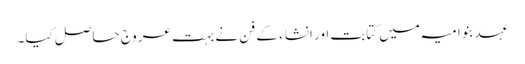
عہد بنو امیہ میں کتابت اور انشاء کے فن نے بہت عروج حاصل کیا۔